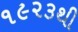
૧૯૨૩થી